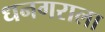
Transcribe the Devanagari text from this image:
धनगराला